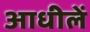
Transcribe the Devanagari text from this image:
आधीलें